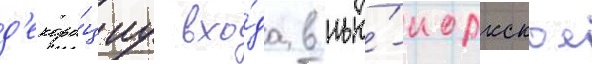
д'екора́циу вхо́да в нью́-иоркское